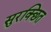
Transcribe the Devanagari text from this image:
सुरक्छित